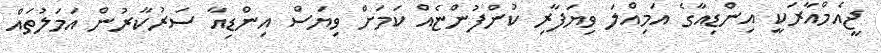
ޖީއެމްއާރަކީ އިންޑިއާގެ އަމިއްލަ ވިޔަފާރި ކުންފުންޏެއް ކަމަށް ވިޔަސް އިންޑިއާ ސަރުކާރުން އަމަލުތައް